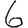
Digit: 6